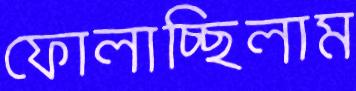
ফোলাচ্ছিলাম